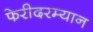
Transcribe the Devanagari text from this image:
फेरीदरम्यान